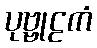
ပုဗ္ဗုဠကံ